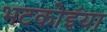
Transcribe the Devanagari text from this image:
भटकोइंया